Rangoon Lunatic Asylum 1898-1906 - 1898-1906
Year: 1898
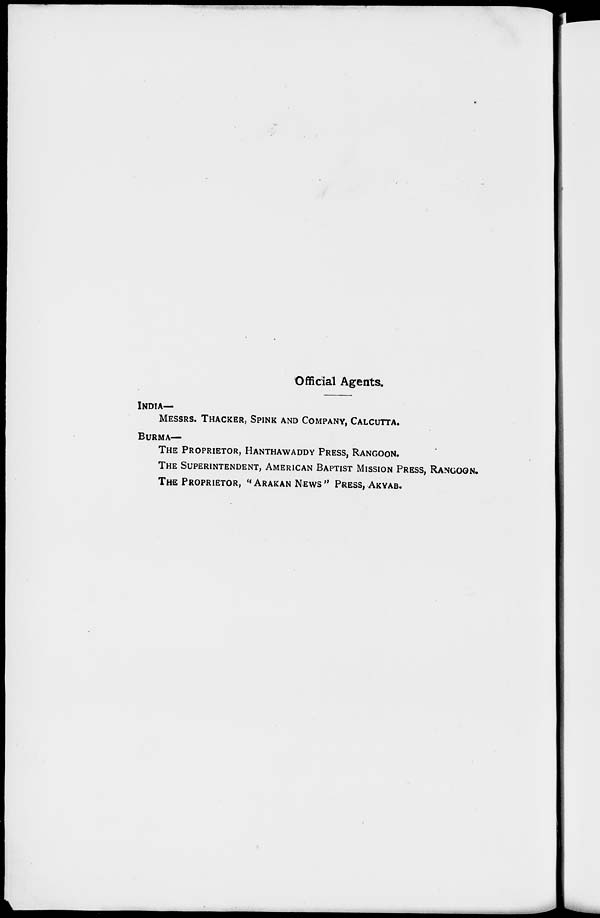
Official Agents.
INDIA-
MESSRS. THACKER, SPINK AND COMPANY, CALCUTTA.
BURMA—
THE PROPRIETOR, HANTHAWADDY PRESS, RANGOON.
THE SUPERINTENDENT, AMERICAN BAPTIST MISSION PRESS, RANGOON.
THE PROPRIETOR, "ARAKAN NEWS" PRESS, AKYAB.